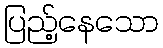
ပြည့်နေသော